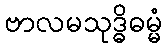
ဗာလမသုဒ္ဓိဓမ္မံ